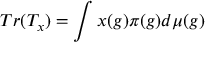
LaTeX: T r ( T _ { x } ) = \int x ( g ) \pi ( g ) d \mu ( g )